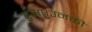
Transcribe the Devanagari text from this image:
हुआ।उनकी